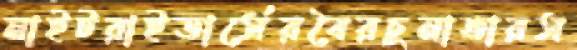
নাইটরাইডার্সেরবৈরচুনাভারস